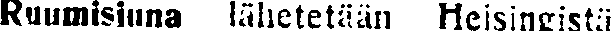
Ruumisjuna lähetetään Helsingistä